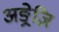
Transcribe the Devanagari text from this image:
अङ्रेज़ि